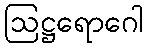
ဩဋ္ဌရောဂေါ